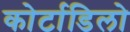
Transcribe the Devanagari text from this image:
कोर्टाडिलो